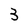
Character: 3